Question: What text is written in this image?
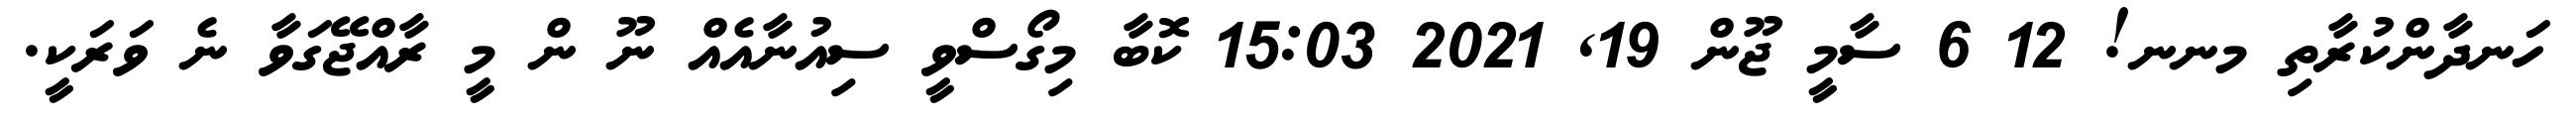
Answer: ހަނދާންކުރާތި މނނ! 12 6 ސާމީ ޖޫން 19, 2021 15:03 ކޮބާ މިގޯސްވީ ސިއުނާއެއް ނޫ ން މީ ރާއްޖޭގަވާ ނެ ވަރަކީ.